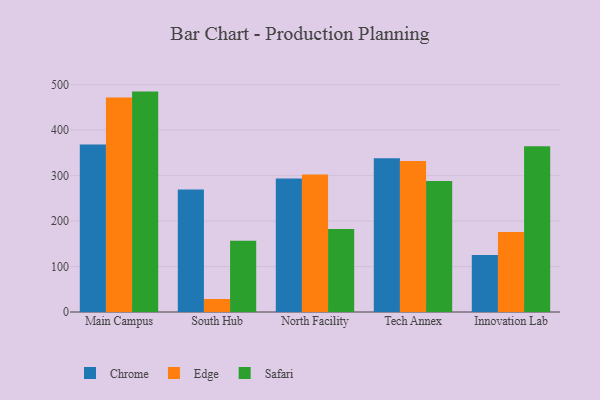
{"axis": {"x": "Campus", "y": "LTV (USD)"}, "legend": ["Chrome", "Edge", "Safari"], "data": [{"x": "Main Campus", "y": 368.2, "type": "Chrome"}, {"x": "Main Campus", "y": 471.7, "type": "Edge"}, {"x": "Main Campus", "y": 484.6, "type": "Safari"}, {"x": "South Hub", "y": 269.1, "type": "Chrome"}, {"x": "South Hub", "y": 28.6, "type": "Edge"}, {"x": "South Hub", "y": 156.4, "type": "Safari"}, {"x": "North Facility", "y": 293.8, "type": "Chrome"}, {"x": "North Facility", "y": 302.6, "type": "Edge"}, {"x": "North Facility", "y": 182.3, "type": "Safari"}, {"x": "Tech Annex", "y": 337.8, "type": "Chrome"}, {"x": "Tech Annex", "y": 332.0, "type": "Edge"}, {"x": "Tech Annex", "y": 288.1, "type": "Safari"}, {"x": "Innovation Lab", "y": 125.3, "type": "Chrome"}, {"x": "Innovation Lab", "y": 175.7, "type": "Edge"}, {"x": "Innovation Lab", "y": 364.3, "type": "Safari"}]}